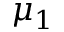
\mu _ { 1 }